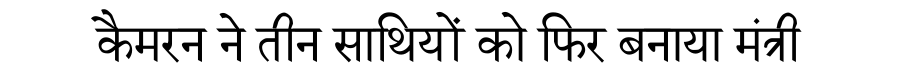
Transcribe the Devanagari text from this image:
कैमरन ने तीन साथियों को फिर बनाया मंंत्री